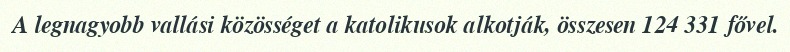
A legnagyobb vallási közösséget a katolikusok alkotják, összesen 124 331 fővel.